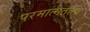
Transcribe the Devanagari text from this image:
परमात्मतत्त्व